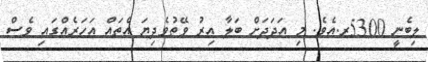
ލިބެނީ 5300ރ.އެވެ. މި އަދަދަށް ބަލާ އިރު ވޭތުވެދިޔަ އެތައް އަހަރެއްގައި ވެސް